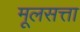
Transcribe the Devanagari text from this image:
मूलसत्ता